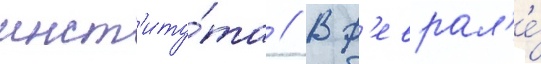
инст'иту́та // В ф'еврал'е́